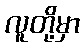
လူတို့မှာ